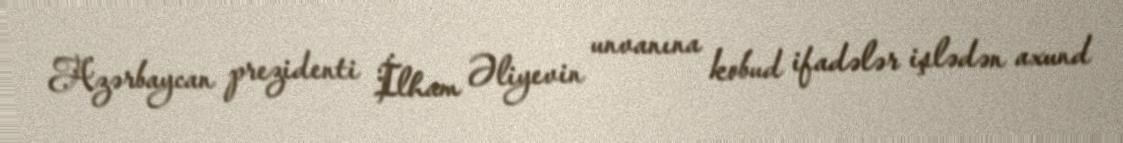
Azərbaycan prezidenti İlham Əliyevin unvanına kobud ifadələr işlədən axund